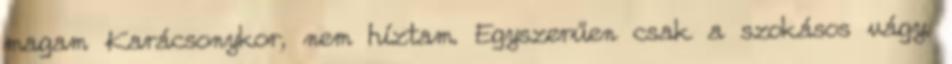
magam Karácsonykor, nem híztam. Egyszerűen csak a szokásos vágy.